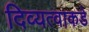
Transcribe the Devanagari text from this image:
दिव्यत्वाकडे